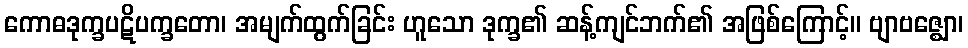
ကောဓဒုက္ခပဋိပက္ခတော၊ အမျက်ထွက်ခြင်း ဟူသော ဒုက္ခ၏ ဆန့်ကျင်ဘက်၏ အဖြစ်ကြောင့်။ ဗျာဗဇ္ဈော၊